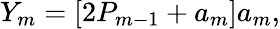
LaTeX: Y_{m}=[2P_{m-1}+a_{m}]a_{m},